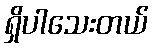
ရှိပါသေးတယ်